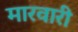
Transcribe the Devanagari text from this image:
मारवारी